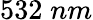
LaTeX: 532\; nm